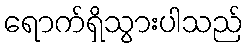
ရောက်ရှိသွားပါသည်